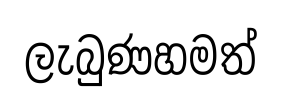
ලැබුණහමත්